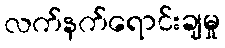
လက်နက်ရောင်းချမှု